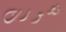
تصورت